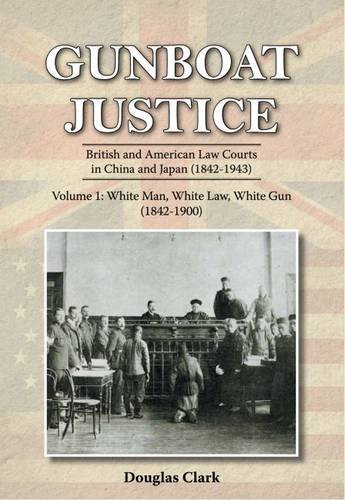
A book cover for Gunboat Justice Volume 1: British and American Law Courts in China and Japan (1842EE1943); Douglas Clark; Law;